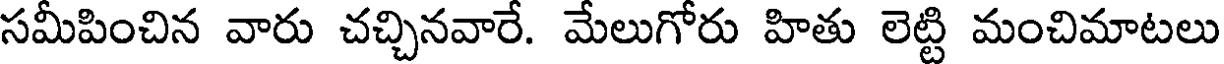
సమీపించిన వారు చచ్చినవారే. మేలుగోరు హితు లెట్టి మంచిమాటలు